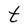
Character: t